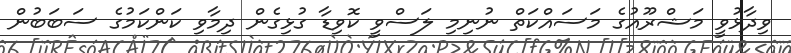
ވިދާޅުވީ މަޝްރޫއުގެ މަސައްކަތް ނުނިމި ލަސްވީ ކޮވިޑާ ގުޅިގެން ދިމާވި ކަންކަމުގެ ސަބަބުން